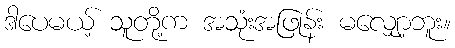
ဒါပေမယ့် သူတို့က အသုံးအဖြုန်း မလျှော့ဘူး။